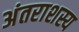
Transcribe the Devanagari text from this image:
अंतराशस्य